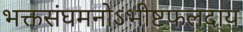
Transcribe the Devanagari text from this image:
भक्तसंघमनोऽभीष्टफलदाय